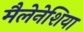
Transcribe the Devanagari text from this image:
मैलेनेशिया